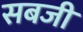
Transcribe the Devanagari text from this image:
सबजी